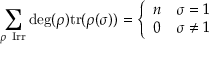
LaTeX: \sum _ { \rho { \mathrm { ~ I r r } } } \deg ( \rho ) { \mathrm { t r } } ( \rho ( \sigma ) ) = { \left\{ \begin{array} { l l } { n } & { \sigma = 1 } \\ { 0 } & { \sigma \neq 1 } \end{array} \right. }